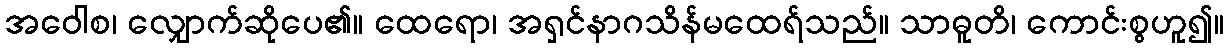
အဝေါစ၊ လျှောက်ဆိုပေ၏။ ထေရော၊ အရှင်နာဂသိန်မထေရ်သည်။ သာဓူတိ၊ ကောင်းစွဟူ၍။